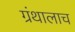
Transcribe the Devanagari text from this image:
ग्रंथालाच